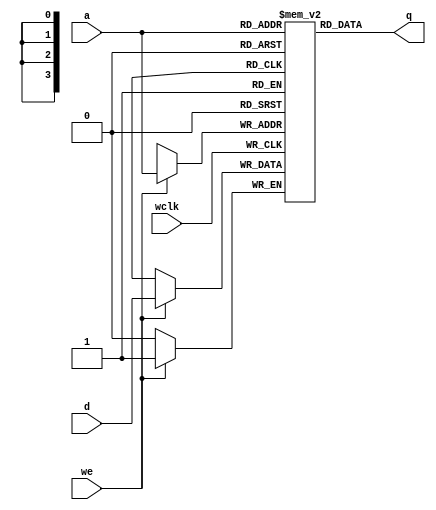
module ram16x1 (q, d, a, we, wclk);
   output q;
   input d;
   input [3:0] a;
   input we;
   input wclk;

   reg mem[15:0];

   assign q = mem[a];
   always @(posedge wclk) if (we) mem[a] = d;

endmodule